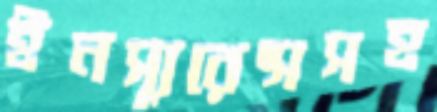
ইনস্যুরেন্সসহ